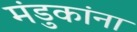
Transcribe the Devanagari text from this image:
मंडुकांना